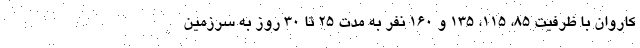
کاروان با ظرفیت ۸۵، ۱۱۵، ۱۳۵ و ۱۶۰ نفر به مدت ۲۵ تا ۳۰ روز به سرزمین